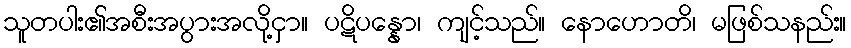
သူတပါး၏အစီးအပွားအလို့ငှာ။ ပဋိပန္နော၊ ကျင့်သည်။ နောဟောတိ၊ မဖြစ်သနည်း။